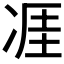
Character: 𪞢